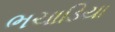
ભચાડિયા